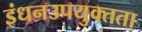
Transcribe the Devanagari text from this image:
इंधनउपयुक्तता